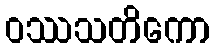
ဝဿသတိကော